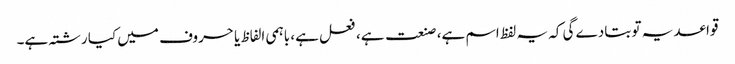
قواعد یہ تو بتادے گی کہ یہ لفظ اسم ہے، صنعت ہے، فعل ہے، باہمی الفاظ یا حروف میں کیا رشتہ ہے۔